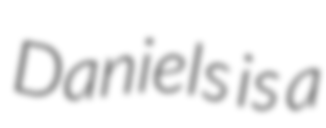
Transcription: Daniels is a